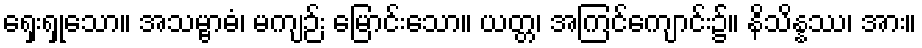
ရှေးရှုသော။ အသမ္ဗာဓံ၊ မကျဉ်း မြောင်းသော။ ယတ္တ၊ အကြင်ကျောင်း၌။ နိသိန္နဿ၊ အား။